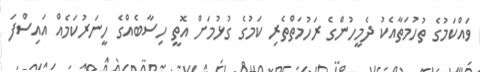
ވައްކަމުގެ ތުހުމަތާއެކު ދެމީހުންގެ ރަހުމަތްތެރި ކަމުގެ ގުޅުމަށް އޮތީ ހިސާބެއްގެ ހީނަރުކަމެއް އައިސްފަ